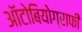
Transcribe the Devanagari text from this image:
ऑटोबियोग्राफी